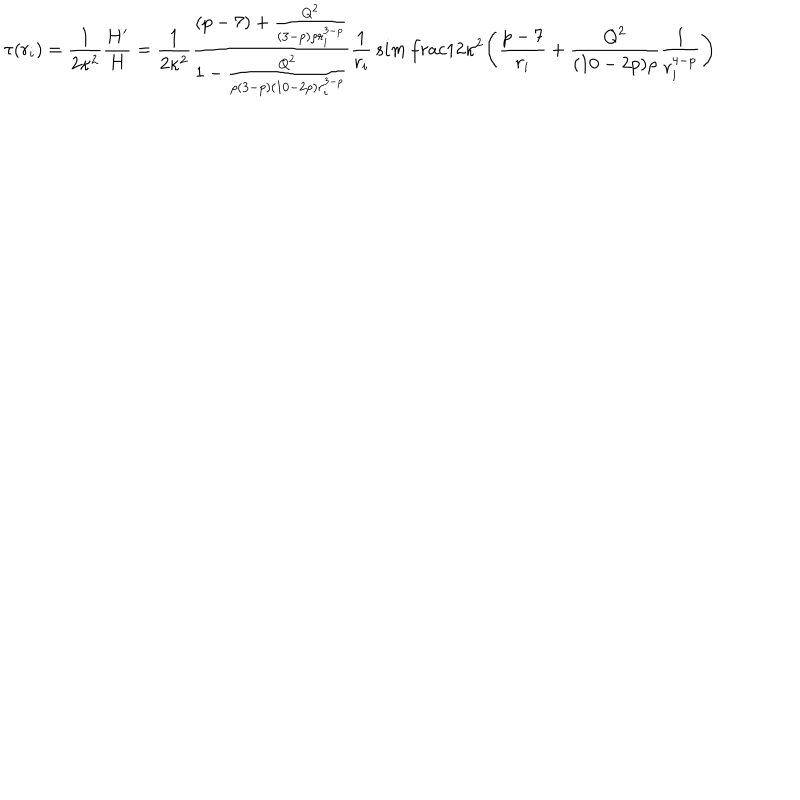
\tau ( r _ { i } ) = \frac { 1 } { 2 \kappa ^ { 2 } } \frac { H ^ { \prime } } { H } = \frac { 1 } { 2 \kappa ^ { 2 } } \frac { ( p - 7 ) + \frac { Q ^ { 2 } } { ( 3 - p ) \rho r _ { i } ^ { 3 - p } } } { 1 - \frac { Q ^ { 2 } } { \rho ( 3 - p ) ( 1 0 - 2 p ) r _ { i } ^ { 3 - p } } } \frac { 1 } { r _ { i } } \, s i m \, \frac { 1 } { 2 \kappa ^ { 2 } } \Bigg ( \frac { p - 7 } { r _ { i } } + \frac { Q ^ { 2 } } { ( 1 0 - 2 p ) \rho } \frac { 1 } { r _ { i } ^ { 4 - p } } \Bigg )